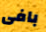
بافى